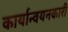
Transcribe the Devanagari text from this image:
कार्यान्‍वयनकारी